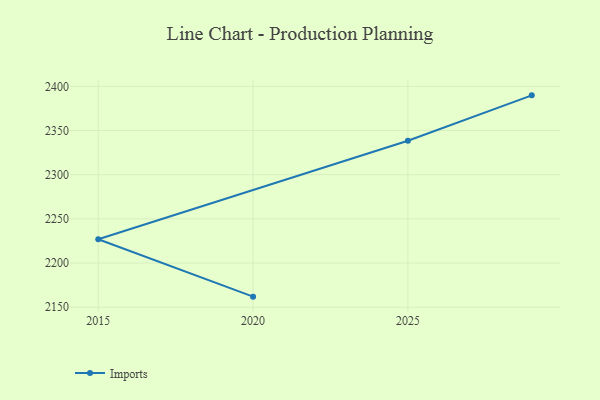
{"axis": {"x": "Year", "y": "Churn Rate (%)"}, "legend": ["Imports"], "data": [{"x": "2029", "y": 2389.8, "type": "Imports"}, {"x": "2025", "y": 2338.5, "type": "Imports"}, {"x": "2015", "y": 2227.0, "type": "Imports"}, {"x": "2020", "y": 2162.0, "type": "Imports"}]}